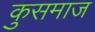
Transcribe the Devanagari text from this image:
कुसमाज